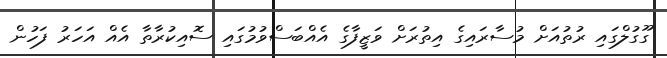
ގޫގުލްގައި ރުތުއަށް މުސާރައިގެ އިތުރަށް ވަޒީފާގެ އެއްބަސްވުމުގައި ސޮއިކުރާތާ އެއް އަހަރު ފަހުން